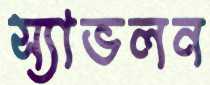
স্যাভলন